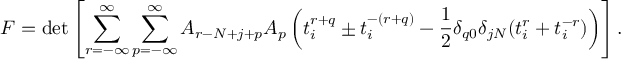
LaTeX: { \cal F } = \operatorname * { d e t } \left[ \sum _ { r = - { \infty } } ^ { \infty } \sum _ { p = - { \infty } } ^ { \infty } A _ { r - N + j + p } A _ { p } \left( t _ { i } ^ { r + q } \pm t _ { i } ^ { - ( r + q ) } - \frac { 1 } { 2 } \delta _ { q 0 } \delta _ { j N } ( t _ { i } ^ { r } + t _ { i } ^ { - r } ) \right) \right] .